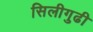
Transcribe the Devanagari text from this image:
सिलीगुढी